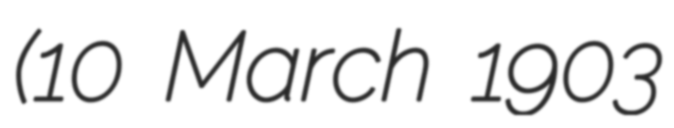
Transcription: (10 March 1903